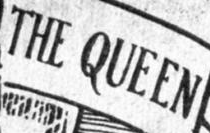
THE QUEEN